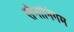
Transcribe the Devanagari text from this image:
सेनानिगम